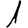
Digit: 1